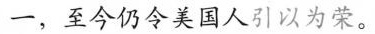
一，至今仍令美国人引以为荣。